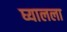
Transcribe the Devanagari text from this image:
घ्यालला